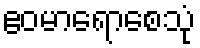
ဧဝမာရောစေသုံ